Lunatic asylums Bombay report 1891-1903 - 1891-1903
Year: 1891
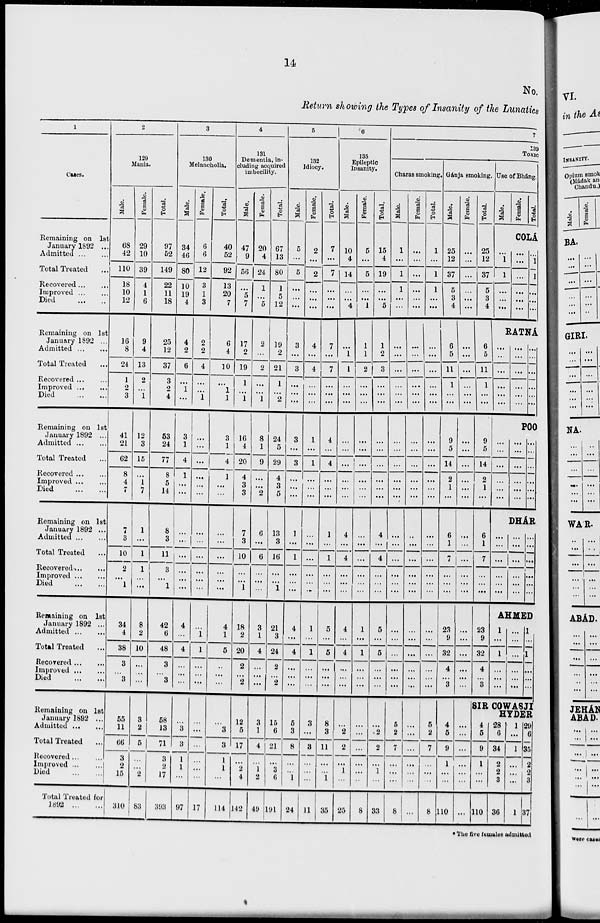
14
No.
Return showing the Types of Insanity of the Lunatics
1
Cases.
Remaining on 1st
January 1892 ...
Admitted
...
...
Total Treated ...
Recovered
...
...
Improved
...
...
Died
...
...
Remaining on 1st
January 1892 ...
Admitted
...
...
Total Treated ...
Recovered
...
...
Improved
...
...
Died
...
...
Remaining on 1st
January 1892 ...
Admitted
...
...
Total Treated ...
Recovered
...
...
Improved
...
...
Died
...
...
Remaining on 1st
January 1892 ...
Admitted
...
...
Total Treated ...
Recovered
...
...
Improved
...
...
Died
...
...
Remaining on 1st
January 1892 ...
Admitted
...
Total Treated ...
Recovered
...
...
Improved
...
...
Died
...
...
Remaining on 1st
January 1892 ...
Admitted
...
...
Total Treated
...
Recovered
...
...
Improved
...
...
Died
...
...
Total Treated for
1892
2
129
Mania.
Male.
68
42
110
18
10
12
16
8
24
1
2
3
41
21
62
8
4
7
7
3
10
2
...
1
34
4
38
3
...
3
55
11
66
3
2
15
310
Female.
29
10
39
4
1
6
9
4
13
2
...
1
12
3
15
...
1
7
1
...
1
1
...
...
8
2
10
...
...
...
3
2
5
...
...
2
83
Total.
97
52
149
22
11
18
25
12
37
3
2
4
53
24
77
8
5
14
8
3
11
3 ...
1
42
6
48
3
...
3
58
13
71
3
2
17
393
3
130
Melancholia.
Male.
34
46
80
10
19
4
4
2
6
...
1
...
3
1
4
1
...
...
...
...
...
...
...
...
4
...
4
...
...
...
...
3
3
1
1
...
97
Female.
6
6
12
3
1
3
2
2
4
...
...
1
...
...
...
...
...
...
...
...
...
...
...
...
...
1
1
...
...
...
...
...
...
...
...
...
17
Total.
40
52
92
13
20
7
6
4
10
...
1
1
3
1
4
1
...
...
...
...
...
...
...
...
4
1
5
...
...
...
...
3
3
1
1
...
114
4
131
Dementia, in-
cluding acquired
imbecility.
Male.
47
9
56
...
5
7
17
2
19
1
...
1
16
4
20
4
3
3
7
3
10
...
...
1
18
2
20
2
...
2
12
5
17
...
2
4
142
Female.
20
4
24
1
...
5
2
...
2
...
...
1
8
1
9
...
...
2
6
...
6
...
...
...
3
1
4
...
...
...
3
1
4
...
1
2
49
Total.
67
13
80
1
5
12
19
2
21
1
...
2
24
5
29
4
3
5
13
3
16
...
...
1
21
3
24
2
...
2
15
6
21
...
3
6
191
5
132
Idiocy.
Male.
5
...
5
...
...
...
3
...
3
...
...
...
3
...
3
...
...
...
1
...
1
...
...
...
4
...
4
...
...
...
5
3
8
...
...
1
24
Female.
2
...
2
...
...
...
4
...
4
...
...
...
1
...
1
...
...
...
...
...
...
...
...
...
1
...
1
...
...
...
3
...
3
...
...
...
11
Total.
7
...
7
...
...
...
7
...
7
...
...
...
4
...
4
...
...
...
1
...
1
...
...
...
5
...
5
...
...
...
8
3
11
...
...
1
35
6
135
Epileptic
Insanity.
Male.
10
4
14
...
...
4
Female.
5
5
...
...
1
...
1
1
...
...
...
...
...
...
...
...
...
4
...
4
...
...
...
4
...
4
...
...
...
...
2
2
...
1
...
25
1
1
2
...
...
...
...
...
...
...
...
...
...
...
...
...
...
...
1
...
1
...
...
...
...
...
...
...
...
...
8
Total.
15
4
19
...
...
5
6
7
139
Toxic
Charas smoking.
Male.
1
...
1
1
...
...
1
2
3
...
...
...
...
...
...
...
...
...
4
...
4
...
...
...
5
...
5
...
...
...
...
2
2
...
1
...
33
...
...
...
...
...
...
...
...
...
...
...
...
...
...
...
...
...
...
...
...
...
...
...
...
5
2
7
...
...
...
8
Female.
...
...
...
...
...
...
Total.
1
...
1
1
...
...
Gánja smoking.
Male.
25
12
37
5
3
4
Female.
...
...
...
...
...
...
...
...
...
...
...
...
...
...
...
...
...
...
...
...
...
...
...
...
...
...
...
...
...
...
...
...
...
...
...
...
...
...
...
...
...
...
...
...
...
...
...
...
...
...
...
...
...
...
...
...
...
...
...
...
...
5
2
7
...
...
...
8
6
5
11
1
...
...
9
5
14
2
1
...
6
1
7
...
...
...
23
9
32
4
...
3
4
5
9
1
...
...
110
...
...
...
...
...
...
...
...
...
...
...
...
...
...
...
...
...
...
...
...
...
...
...
...
...
...
...
...
...
...
...
Total.
25
12
37
5
3
4
Use of Bháng.
Male.
Female.
Total.
COLÁ
...
1
1
...
...
...
...
...
...
...
...
...
...
1
1
...
...
...
RATNÁ
6
5
11
1
...
...
9
5
14
2
1
...
6
1
7
...
...
...
23
9
32
4
...
3
...
...
...
...
...
...
...
...
...
...
...
...
...
...
...
...
...
...
POO
...
...
...
...
...
...
...
...
...
...
...
...
...
...
...
...
...
...
DHÁR
...
...
...
...
...
...
...
...
...
...
...
...
...
...
...
...
...
...
AHMED
1
...
1
...
...
...
...
...
...
...
...
...
1
...
1
...
...
...
SIR COWASJI
HYDER
4
5
9
1
...
...
110
28
6
34
2
2
3
36
1
...
1
...
...
...
1
29
6
35
2
2
3
37
* The five females admitted